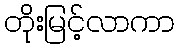
တိုးမြင့်လာကာ